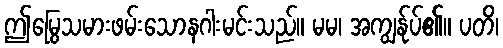
ဤမြွေသမားဖမ်းသောနဂါးမင်းသည်။ မမ၊ အကျွန်ုပ်၏။ ပတိ၊